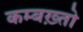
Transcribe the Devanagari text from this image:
कम्बख़्तो